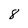
Character: 8